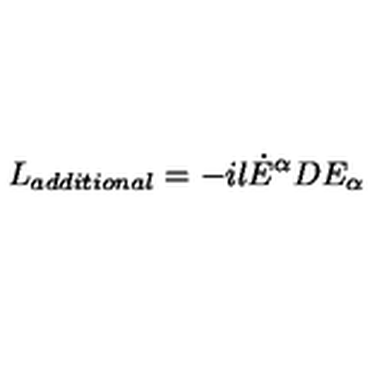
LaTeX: L _ { a d d i t i o n a l } = - i l { \dot { E } } ^ { \alpha } D E _ { \alpha }